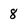
Character: 8